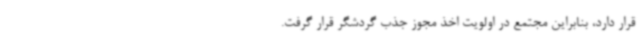
قرار دارد، بنابراین مجتمع در اولویت اخذ مجوز جذب گردشگر قرار گرفت.